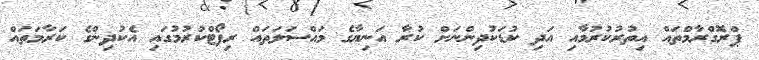
ޕްރޮގްރާމްތައް އިތުރުކުރުމާއި އަދި ކުޑަކުދިންނަށް ކުރާ އަނިޔާގެ މައްސަލަތައް ރިޕޯޓްކުރުމުގައި އެކުދިންގެ ކަރާމަތައް